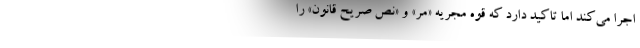
اجرا می‌کند اما تاکید دارد که قوه مجریه «مر» و «نص صریح قانون» را